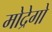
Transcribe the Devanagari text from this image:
मोद्रेगो